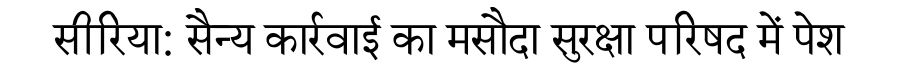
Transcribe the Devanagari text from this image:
सीरिया: सैन्य कार्रवाई का मसौदा सुरक्षा परिषद में पेश